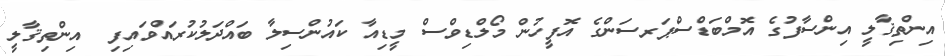
އިންތިޤާލީ އިންސާފުގެ އޮމްބަޑްސްޕަރސަންގެ އޮފީހުން މޯލްޑިވްސް މީޑިއާ ކައުންސިލާ ބައްދަލުކުރައްވައިފި  އިންތިޤާލީ